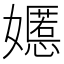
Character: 嬺